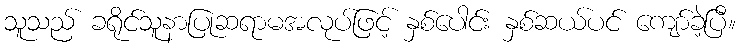
သူသည် ခရိုင်သူနာပြုဆရာမအလုပ်ဖြင့် နှစ်ပေါင်း နှစ်ဆယ်ပင် ကျော်ခဲ့ပြီ။